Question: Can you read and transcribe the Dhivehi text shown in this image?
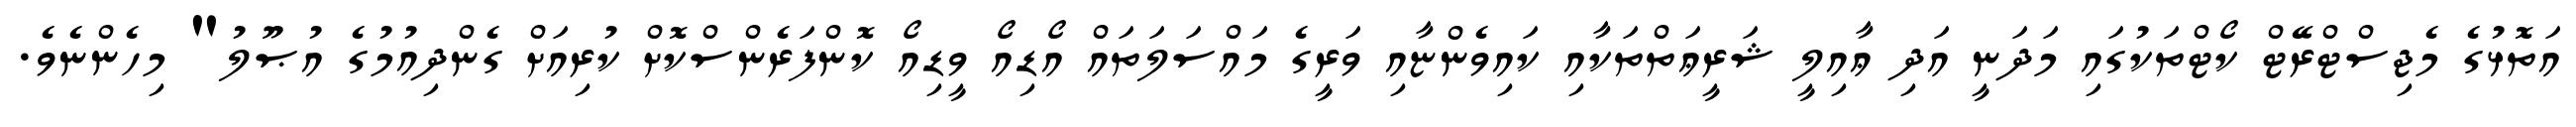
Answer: އަތޮޅުގެ މެޖިސްޓްރޭޓް ކޯޓްތަކުގައި މަދަނީ އަދި ޢާއިލީ ޝަރީޢަތްތަކާއި ކައިވެންޏާއި ވަރީގެ މައްސަލަތައް އޯޑިއޯ ވީޑިއޯ ކޮންފަރެންސްކޮށް ކުރިއަށް ގެންދިއުމުގެ އުޞޫލު" މިހެންނެވެ.